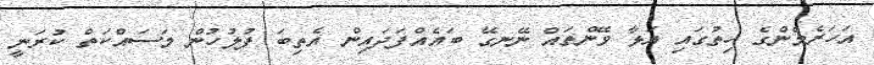
އަހަރެމެންގެ ހިތުގައި އަޅާ ވޭންތައް ނޭނގޭ ބައެއްފަދައިން އެތިބަ ފުލުހުން މަސައްކަތް ކުރަނީ